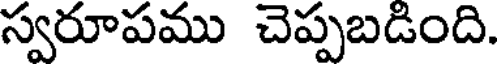
స్వరూపము చెప్పబడింది.